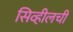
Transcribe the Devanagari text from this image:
सिव्हीलची